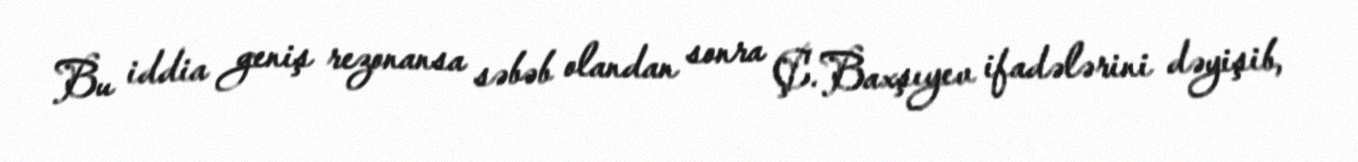
Bu iddia geniş rezonansa səbəb olandan sonra Ç.Baxşıyev ifadələrini dəyişib,